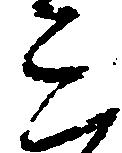
ミ